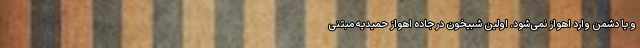
و یا دشمن وارد اهواز نمی‌شود. اولین شبیخون در جاده اهواز حمیدیه مبتنی